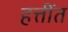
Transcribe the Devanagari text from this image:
हत्तींत